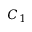
C _ { 1 }